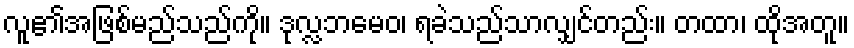
လူ၏အဖြစ်မည်သည်ကို။ ဒုလ္လဘမေဝ၊ ရခဲသည်သာလျှင်တည်း။ တထာ၊ ထိုအတူ။